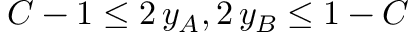
C - 1 \le 2 \, y _ { A } , 2 \, y _ { B } \le 1 - C